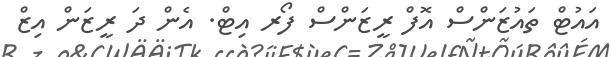
އައުޓް ތައުޒަންސް އޮފް ރީޒަންސް ފޯރ އިޓް. އެން ދަ ރީޒަން އިޒް